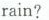
rain?